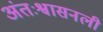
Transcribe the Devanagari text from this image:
अंतःश्वासनली